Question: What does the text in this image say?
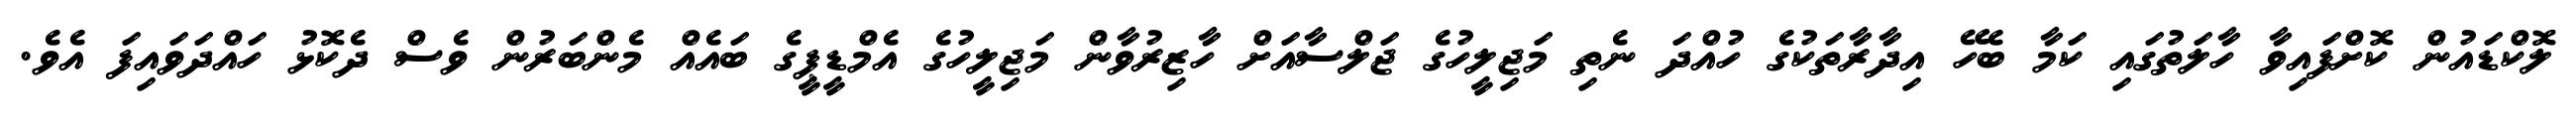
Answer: ލޮކްޑައުން ކޮށްފައިވާ ހާލަތުގައި ކަމާ ބެހޭ އިދާރާތަކުގެ ހުއްދަ ނެތި މަޖިލީހުގެ ޖަލްސާއަށް ހާޒިރުވާން މަޖިލީހުގެ އެމްޑީޕީގެ ބައެއް މެންބަރުން ވެސް ދެކޮޅު ހައްދަވައިފަ އެވެ.